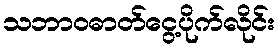
သဘာဝဓာတ်ငွေ့ပိုက်လိုင်း